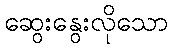
ဆွေးနွေးလိုသော